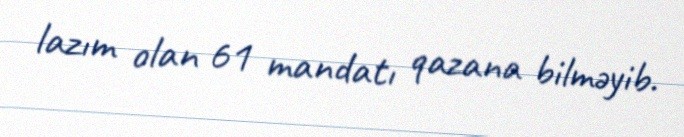
lazım olan 61 mandatı qazana bilməyib.